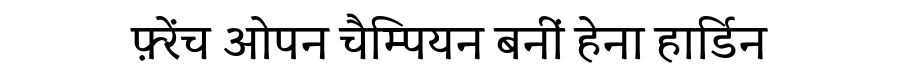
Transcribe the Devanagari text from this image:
फ़्रेंच ओपन चैम्पियन बनीं हेना हार्डिन